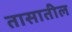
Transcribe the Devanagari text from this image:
तासातील